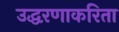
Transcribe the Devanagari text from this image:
उद्धरणाकरिता